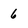
Character: 6